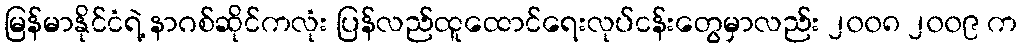
မြန်မာနိုင်ငံရဲ့ နာဂစ်ဆိုင်ကလုံး ပြန်လည်ထူထောင်ရေးလုပ်ငန်းတွေမှာလည်း ၂၀၀၈ ၂၀၀၉ က